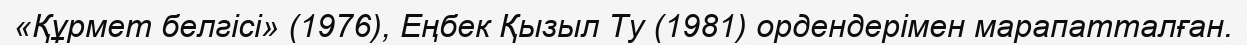
«Құрмет белгісі» (1976), Еңбек Қызыл Ту (1981) ордендерімен марапатталған.